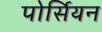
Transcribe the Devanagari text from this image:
पोर्सियन